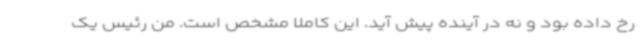
رخ داده بود و نه در آینده پیش آید. این کاملا مشخص است. من رئیس یک